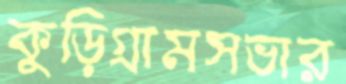
কুড়িগ্রামসভার